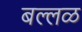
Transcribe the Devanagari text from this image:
बल्लळ